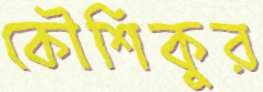
কৌশিকুর